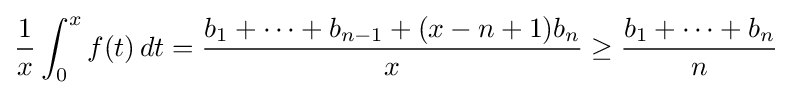
{\frac {1}{x}}\int _{0}^{x}f(t)\,dt={\frac {b_{1}+\dots +b_{n-1}+(x-n+1)b_{n}}{x}}\geq {\frac {b_{1}+\dots +b_{n}}{n}}